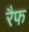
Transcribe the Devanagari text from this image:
रैफ